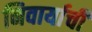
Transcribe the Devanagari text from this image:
निवार्याची